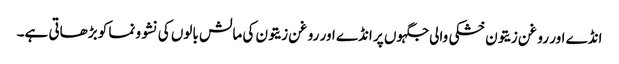
انڈے اور روغن زیتون خشکی والی جگہوں پر انڈے اور روغن زیتون کی مالش بالوں کی نشوونما کو بڑھاتی ہے۔